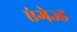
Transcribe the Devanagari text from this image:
एंगेज्ड